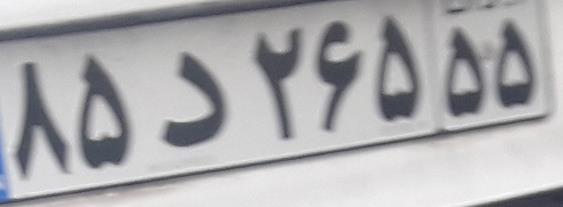
۸۵د۲۶۵۵۵